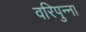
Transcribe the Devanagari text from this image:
वरिपुन्‍ना